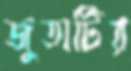
জুতাটির